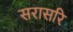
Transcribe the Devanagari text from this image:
सरासरि